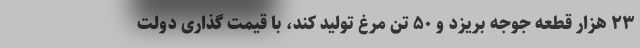
۲۳ هزار قطعه جوجه بریزد و ۵۰ تن مرغ تولید کند، با قیمت گذاری دولت